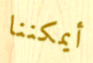
أيمكننا